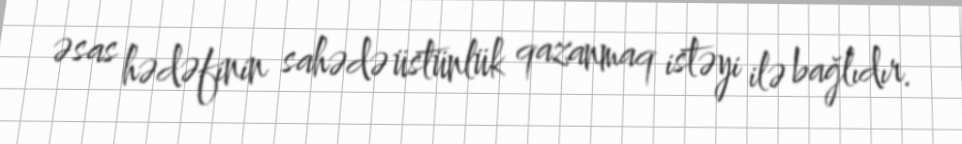
əsas hədəfinin sahədə üstünlük qazanmaq istəyi ilə bağlıdır.